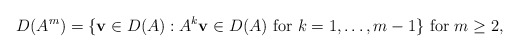
\begin{align*}D(A^m)= \lbrace {\bf v} \in D(A) : A^k {\bf v} \in D(A) \mbox{ for } k=1,\hdots, m-1 \rbrace \mbox{ for } m \ge 2,\end{align*}